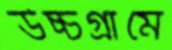
উচ্চগ্রামে